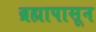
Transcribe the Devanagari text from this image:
ब्रह्मापासून